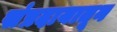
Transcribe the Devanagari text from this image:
संप्रदायातून